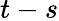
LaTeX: t-s